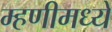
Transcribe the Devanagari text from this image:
म्हणीमध्ये